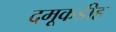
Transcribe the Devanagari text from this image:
दमूकडीह